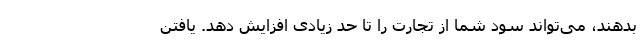
بدهند، می‌تواند سود شما از تجارت را تا حد زیادی افزایش دهد. یافتن